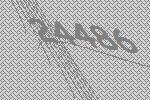
24486